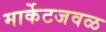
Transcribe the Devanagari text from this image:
मार्केटजवळ